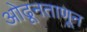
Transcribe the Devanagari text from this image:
ओढूनताणून